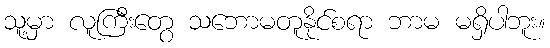
သူ့မှာ လူကြီးတွေ သဘောမတူနိုင်စရာ ဘာမ မရှိပါဘူး။